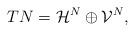
LaTeX: \begin{gather*}TN=\mathcal{H}^N\oplus\mathcal{V}^N,\end{gather*}